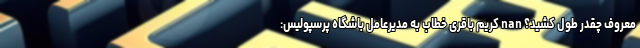
معروف چقدر طول کشید؟ nan کریم باقری خطاب به مدیرعامل باشگاه پرسپولیس: